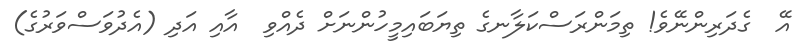
އޭ  ގެދަރިންނޭވެ! ތިމަންރަސްކަލާނގެ ތިޔަބައިމީހުންނަށް ދެއްވި  އާއި އަދި (އެދުވަސްވަރުގެ)